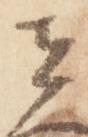
者